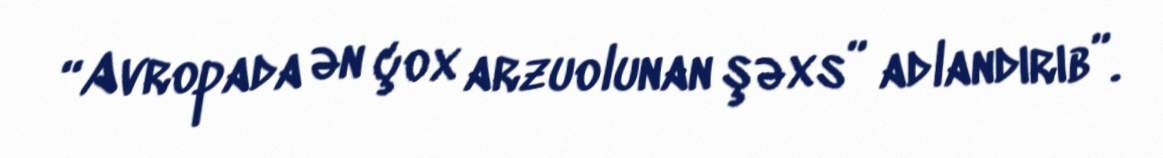
“Avropada ən çox arzuolunan şəxs” adlandırıb”.